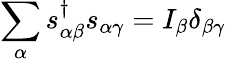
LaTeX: \sum_{\alpha}s_{\alpha\beta}^{\dagger}s_{\alpha\gamma}=I_{\beta}\delta_{\beta\gamma}